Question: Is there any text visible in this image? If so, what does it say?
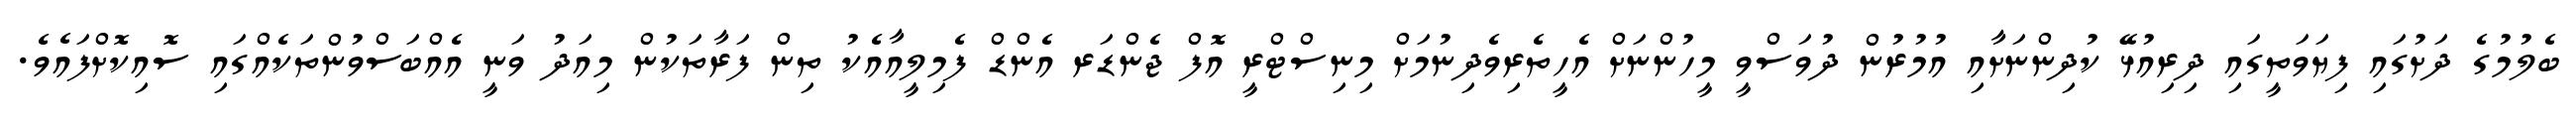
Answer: ބެލުމުގެ ދަށުގައި ފިޔަވަތީގައި ދިރިއުޅޭ ކުދިންނަށާއި އުމުރުން ދުވަސްވީ މީހުންނަށް އެހީތެރިވެދިނުމަށް މިނިސްޓްރީ އޮފް ޖެންޑަރ އެންޑް ފެމިލީއާއެކު ތިން ފަރާތަކުން މިއަދު ވަނީ އެއްބަސްވުންތަކެއްގައި ސޮއިކޮށްފައެވެ.